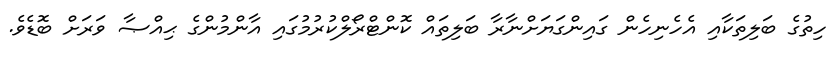
ހިތުގެ ބަލިތަކާއި އެހެނިހެން ގައިންގަޔަށްނާރާ ބަލިތައް ކޮންޓްރޯލްކުރުމުގައި އާންމުންގެ ޙިއްޞާ ވަރަށް ބޮޑެވެ.